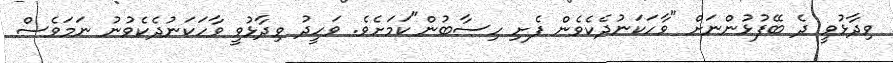
ވިދާޅުވީ ދެ ބޭފުޅުންނަށް "ވާހަކަނުދެކެވެން ފެށި ހިސާބުން"ކަމަށެވެ. ވަހީދު ވިދާޅުވީ ވާހަކަނުދެކެވުނު ނަމަވެސް